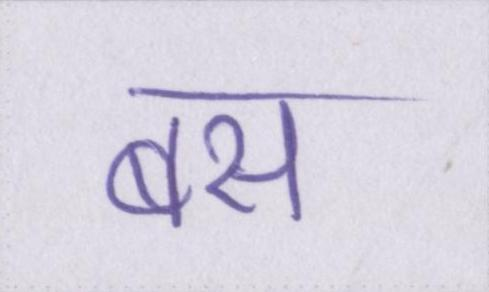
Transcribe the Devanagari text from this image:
बस